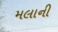
મલાની